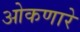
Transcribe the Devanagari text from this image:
ओकणारे